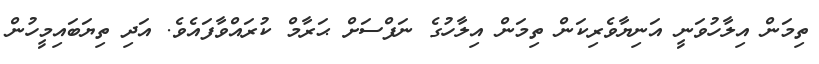
ތިމަން އިލާހުވަނީ އަނިޔާވެރިކަން ތިމަން އިލާހުގެ ނަފްސަށް ޙަރާމް ކުރައްވާފައެވެ. އަދި ތިޔަބައިމީހުން